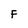
Character: F